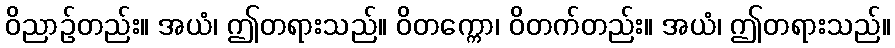
ဝိညာဉ်တည်း။ အယံ၊ ဤတရားသည်။ ဝိတက္ကော၊ ဝိတက်တည်း။ အယံ၊ ဤတရားသည်။